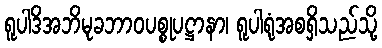
ရူပါဒိအဘိမုခဘာဝပစ္စုပဋ္ဌာနာ၊ ရူပါရုံအစရှိသည်သို့